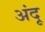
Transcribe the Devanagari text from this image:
अंदू